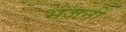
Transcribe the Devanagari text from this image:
भजनीं